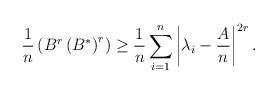
LaTeX: \begin{align*}\frac{1}{n}\left( B^{r}\left( B^{\ast }\right) ^{r}\right) \geq \frac{1}{n}\sum_{i=1}^{n}\left\vert \lambda _{i}-\frac{A}{n}\right\vert ^{2r}. \end{align*}